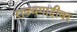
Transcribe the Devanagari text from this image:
राज्यगादीवर